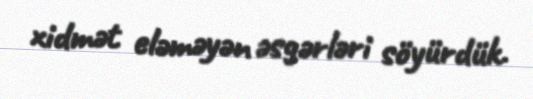
xidmət eləməyən əsgərləri söyürdük.